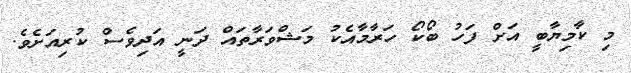
މި ކާމިޔާބީ އަށް ފަހު ބޯކޯ ހަރާމާއެކު މަޝްވަރާތައް ދަނީ އަދިވެސް ކުރިއަށެވެ.